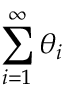
\sum _ { i = 1 } ^ { \infty } \theta _ { i }